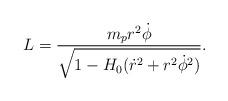
LaTeX: \begin{align*}L=\frac{m_pr^2 \dot{\phi}}{\sqrt{1-H_0(\dot{r}^2 +r^2\dot{\phi}^2)}}.\end{align*}